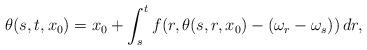
LaTeX: \begin{align*} \theta(s,t,x_0) = x_0 + \int_s^t f(r,\theta(s,r,x_0)-(\omega_r-\omega_s))\,dr, \end{align*}